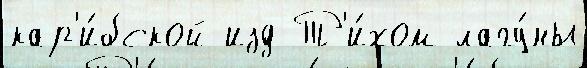
кар'и́бской изд Т'и́хом лагу́ны